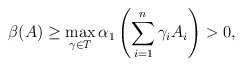
\begin{align*}\beta(A)\geq \max_{\gamma\in T}\alpha_{1}\left(\sum_{i=1}^{n}\gamma_{i}A_{i}\right)>0,\end{align*}